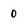
Character: 0